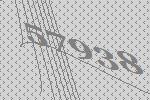
57938